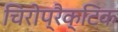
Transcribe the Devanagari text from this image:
चिरोप्रैक्टिक